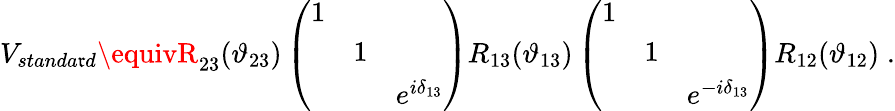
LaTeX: V_{standa\mathfrak{r}d}\equivR_{23}(\vartheta_{23})\left(\begin{array}{lll}{{1}}&{{}}&{{}}\\ {{}}&{{1}}&{{}}\\ {{}}&{{}}&{{e^{i\delta_{13}}}}\end{array}\right)R_{13}(\vartheta_{13})\left(\begin{array}{lll}{{1}}&{{}}&{{}}\\ {{}}&{{1}}&{{}}\\ {{}}&{{}}&{{e^{-i\delta_{13}}}}\end{array}\right)R_{12}(\vartheta_{12})\; .